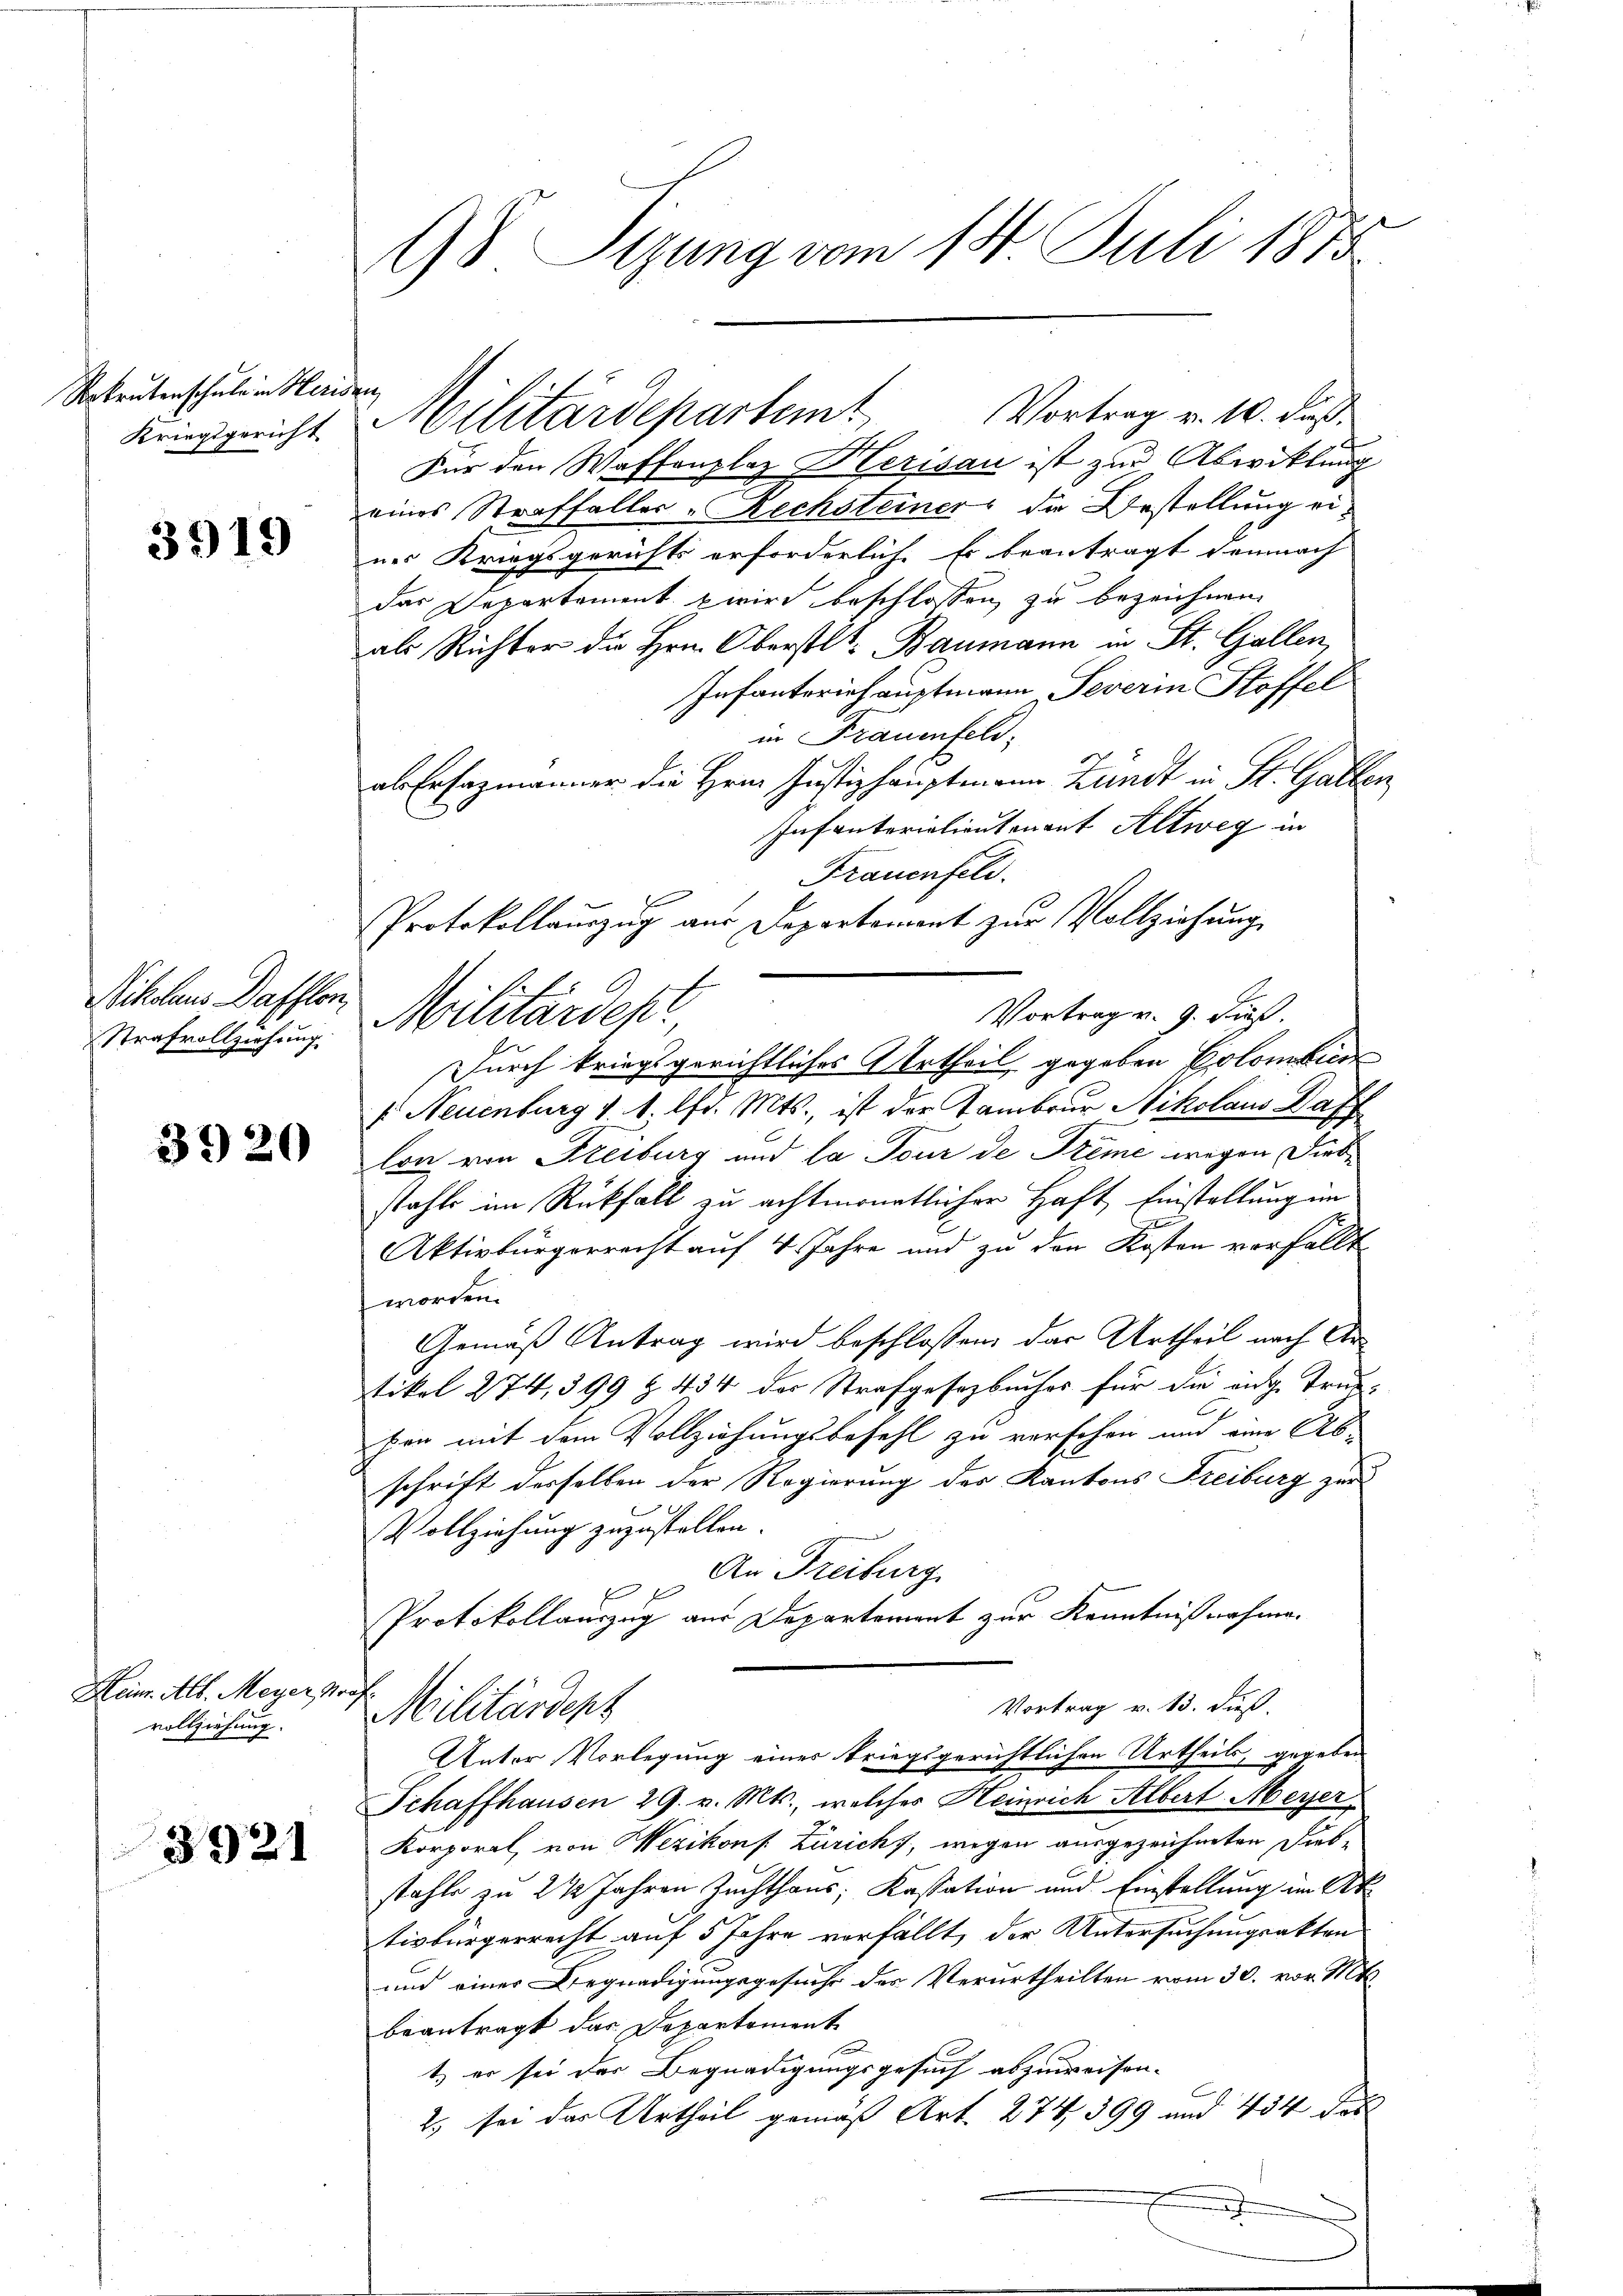
Rekrutenschule in Heris
Kriegsgericht

3919

Nikolaus Dafflen,
Strafvollziehung

3920

Heim. Alb. Meyer 1
vollziehung.

3921

98 Sizung vom 14. Juli 1873

f
Vortrag v. 10. Fuß.
Für den Waffenplaz Herisau ist zur Abwicklung
eines Straffaller - Rechsteiner da Bestellung einer Kriegsgerichts erforderlich. Es beantragt demnach
das Departement wird beschlossen zu bezeichnen
als Richter die Hrn. Oberstl. Baumann in St. Gallen,
Infanteriehauptmann Severin Stoffel
in Frauenfeld.
al Erfazmänner die Hrn. Justizhauptmann Landt in St. Gallen
Infanterialientenant Altweg in
Frauenfeld.
Protokollauszug aus Departement zur Vollziehung
Vortrag v. 9. dieß.
Militärdepr
Durch kriegsgerichtliches Urtheil gegeben Colombien
f Neuenburg v. 1. lfd. Mts., ist der Tambour Nikolaus Waff
lon von Freiburg und la Tour de Trime wegen Diebstahle im Rückfall zu achtmonatlicher Haft Einstellung im
Aktivbürgerrecht auf 4 Jahre und zu den Kosten vorfällt
worden.
Gemäß Antrag wird beschlossen, das Urtheil nach Artikel 274, 399 f. 434 der Strafgesetzbuches für die aug. Trunhen mit dem Vollziehungsbefehl zu verschen und eine Ab
schrift derselben der Regierung des Kantons Freiburg zur
Vollziehung zuzustellen.
An Freiburg
e
Protokollauszug aus Departement zur Kenntnißnahme.
.
Vortrag v. 13. dieß.
Militärdept
Unter Vorlegung einer kriegsgerichtlichen Urtheils, gegeben
Schaffhausen 29. v. Mts., welches Heinrich Albert Meyer
Korporal, von Wezikonf. Züricht, wegen ausgezeichneten Diebstahle zu 2 ½ Jahren Zuchthaus; Kassation und Einstellung im Ak
tivbürgerrecht auf 5 Jahre vorfällt, der Untersuchungsakten
und einer Begnadigungsgesuche des Verurtheilten vom 30. vor. Mt
beantragt das Departement
t, er sei der Begnadigungsgesuch abzuweisen-
2., so das Urtheil gemäß Art. 274, 399 und 434 des
.

Militärdepartent